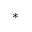
^ *